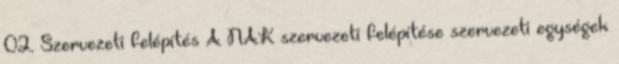
02. Szervezeti felépítés A NAK szervezeti felépítése szervezeti egységek